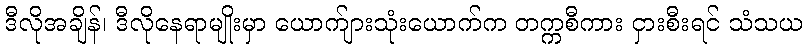
ဒီလိုအချိန်၊ ဒီလိုနေရာမျိုးမှာ ယောက်ျားသုံးယောက်က တက္ကစီကား ငှားစီးရင် သံသယ